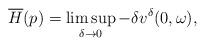
LaTeX: \begin{align*}\overline{H}(p)=\limsup_{\delta\rightarrow 0}-\delta v^\delta(0,\omega),\end{align*}